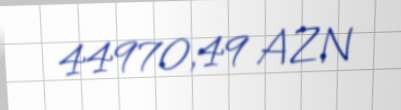
44970,49 AZN